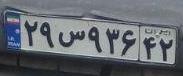
۲۹س۹۳۶۴۲